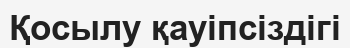
Қосылу қауіпсіздігі